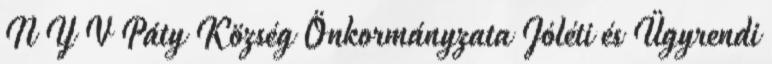
N Y V Páty Község Önkormányzata Jóléti és Ügyrendi